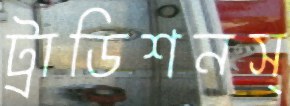
ট্রাডিশনস্